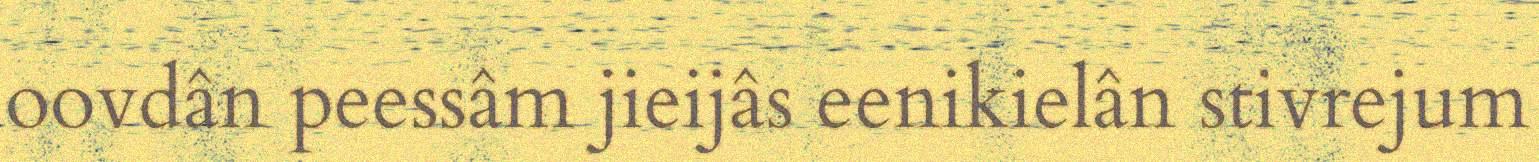
oovdân peessâm jieijâs eenikielân stivrejum